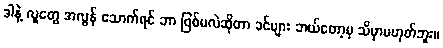
ဒါနဲ့ လူတွေ အလွန် သောက်ရင် ဘာ ဖြစ်မလဲဆိုတာ ခင်ဗျား ဘယ်တော့မှ သိမှာမဟုတ်ဘူး။